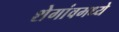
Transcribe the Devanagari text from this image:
शेगांवमध्ये